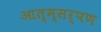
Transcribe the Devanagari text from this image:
आत्म्सर्पण